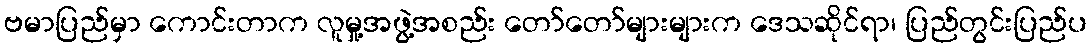
ဗမာပြည်မှာ ကောင်းတာက လူမှု့အဖွဲ့အစည်း တော်တော်များများက ဒေသဆိုင်ရာ၊ ပြည်တွင်းပြည်ပ